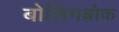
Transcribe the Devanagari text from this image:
बोलिंगब्रोक